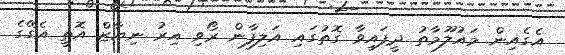
އެގެއިން މައުލޫމާތު ދީފައިވާ ގޮތުގައި އަލިފާން ރޯވި އިރު ނިޔާޒް އޮތީ އެގޭގެ